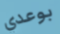
بوعدي